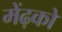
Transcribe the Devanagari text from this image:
मेंढ़को